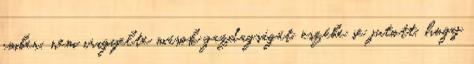
ember, nem irigyelte mások gazdagságát, eszébe se jutott, hogy